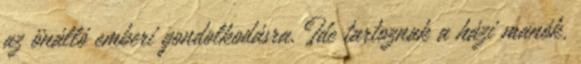
az önálló emberi gondolkodásra. Ide tartoznak a házi manók,